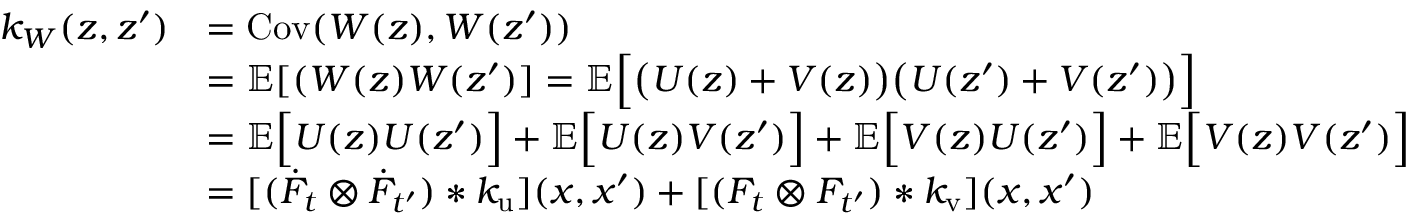
\begin{array} { r l } { k _ { W } ( z , z ^ { \prime } ) } & { = \mathrm { C o v } ( W ( z ) , W ( z ^ { \prime } ) ) } \\ & { = \mathbb { E } [ ( W ( z ) W ( z ^ { \prime } ) ] = \mathbb { E } \Big [ \big ( U ( z ) + V ( z ) \big ) \big ( U ( z ^ { \prime } ) + V ( z ^ { \prime } ) \big ) \Big ] } \\ & { = \mathbb { E } \Big [ U ( z ) U ( z ^ { \prime } ) \Big ] + \mathbb { E } \Big [ U ( z ) V ( z ^ { \prime } ) \Big ] + \mathbb { E } \Big [ V ( z ) U ( z ^ { \prime } ) \Big ] + \mathbb { E } \Big [ V ( z ) V ( z ^ { \prime } ) \Big ] } \\ & { = [ ( \Dot { F } _ { t } \otimes \Dot { F } _ { t ^ { \prime } } ) * k _ { \mathrm { u } } ] ( x , x ^ { \prime } ) + [ ( F _ { t } \otimes F _ { t ^ { \prime } } ) * k _ { \mathrm { v } } ] ( x , x ^ { \prime } ) } \end{array}